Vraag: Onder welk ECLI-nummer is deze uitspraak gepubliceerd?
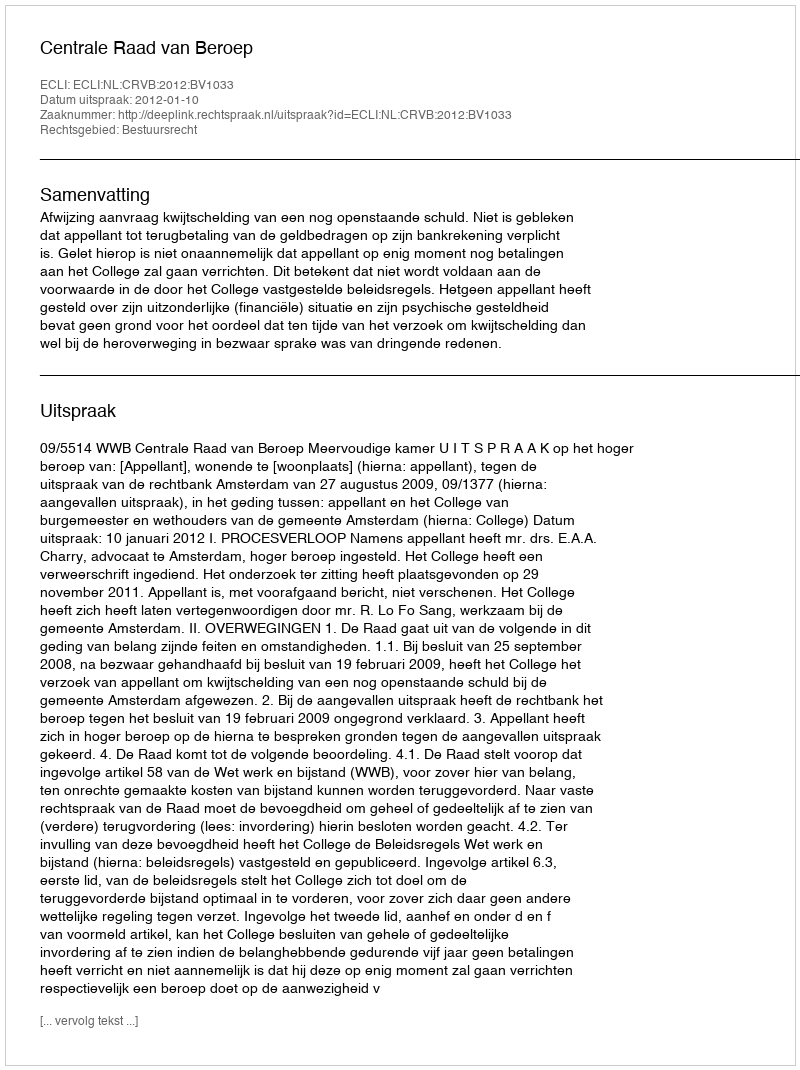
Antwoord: ECLI:NL:CRVB:2012:BV1033